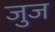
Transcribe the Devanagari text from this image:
जुज